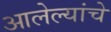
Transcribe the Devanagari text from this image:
आलेल्यांचे